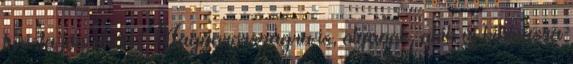
turista jön akár Magyarországra is, olyanok, akik új kihívásra